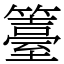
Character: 籉